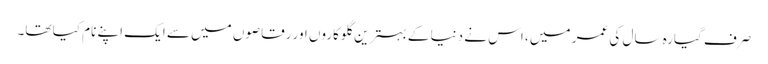
صرف گیارہ سال کی عمر میں ، اس نے دنیا کے بہترین گلوکاروں اور رقاصوں میں سے ایک اپنے نام کیا تھا۔